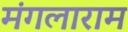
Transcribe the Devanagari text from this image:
मंगलाराम